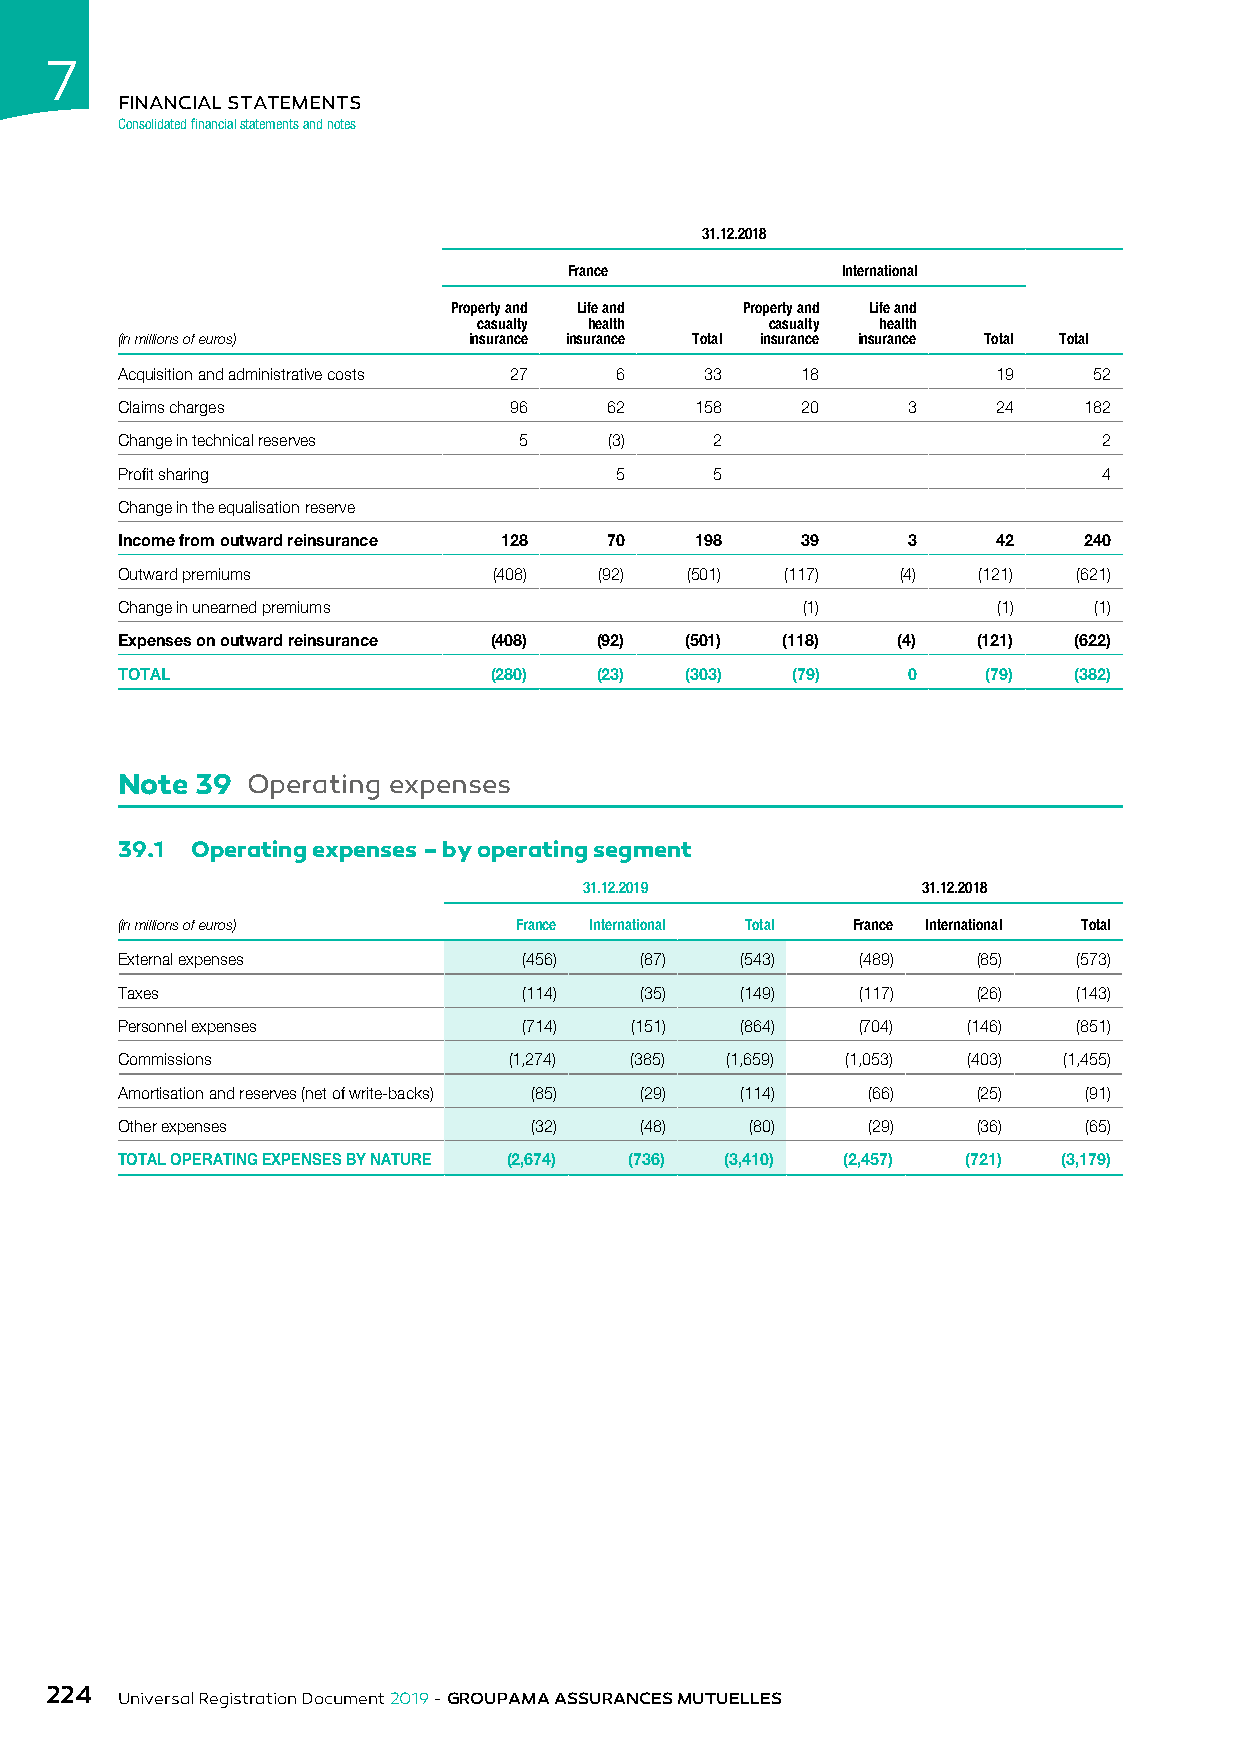
7
 FINANCIAL STATEMENTS
 Consolidated financial statements and notes
 31.12.2018
 France            International
 Property and Life and Property and Life and
 casualty health    casualty health
 (in millions of euros) insurance insurance Total insurance insurance Total Total
 Acquisition and administrative costs 27 6 33 18           19    52
 Claims charges            96    62    158    20     3     24    182
 Change in technical reserves 5  (3)    2                         2
 Profit sharing                   5     5                         4
 Change in the equalisation reserve
 Income from outward reinsurance 128 70 198   39     3     42    240
 Outward premiums         (408)  (92) (501)  (117)   (4)  (121) (621)
 Change in unearned premiums                  (1)          (1)   (1)
 Expenses on outward reinsurance (408) (92) (501) (118) (4) (121) (622)
 TOTAL                    (280)  (23) (303)  (79)    0    (79)  (382)
 Note 39 Operating expenses
 39.1 Operating expenses – by operating segment
 31.12.2019            31.12.2018
 (in millions of euros)    France International Total France International Total
 External expenses          (456)  (87)   (543)   (489)   (85)  (573)
 Taxes                      (114)  (35)   (149)   (117)   (26)  (143)
 Personnel expenses         (714)  (151)  (864)   (704)  (146)  (851)
 Commissions               (1,274) (385) (1,659) (1,053) (403) (1,455)
 Amortisation and reserves (net of write-backs) (85) (29) (114) (66) (25) (91)
 Other expenses             (32)   (48)    (80)   (29)    (36)   (65)
 TOTAL OPERATING EXPENSES BY NATURE (2,674) (736) (3,410) (2,457) (721) (3,179)
 224
 Universal Registration Document 2019 - GROUPAMA ASSURANCES MUTUELLES